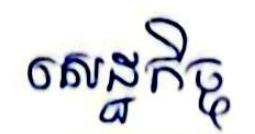
សេដ្ឋកិច្ច